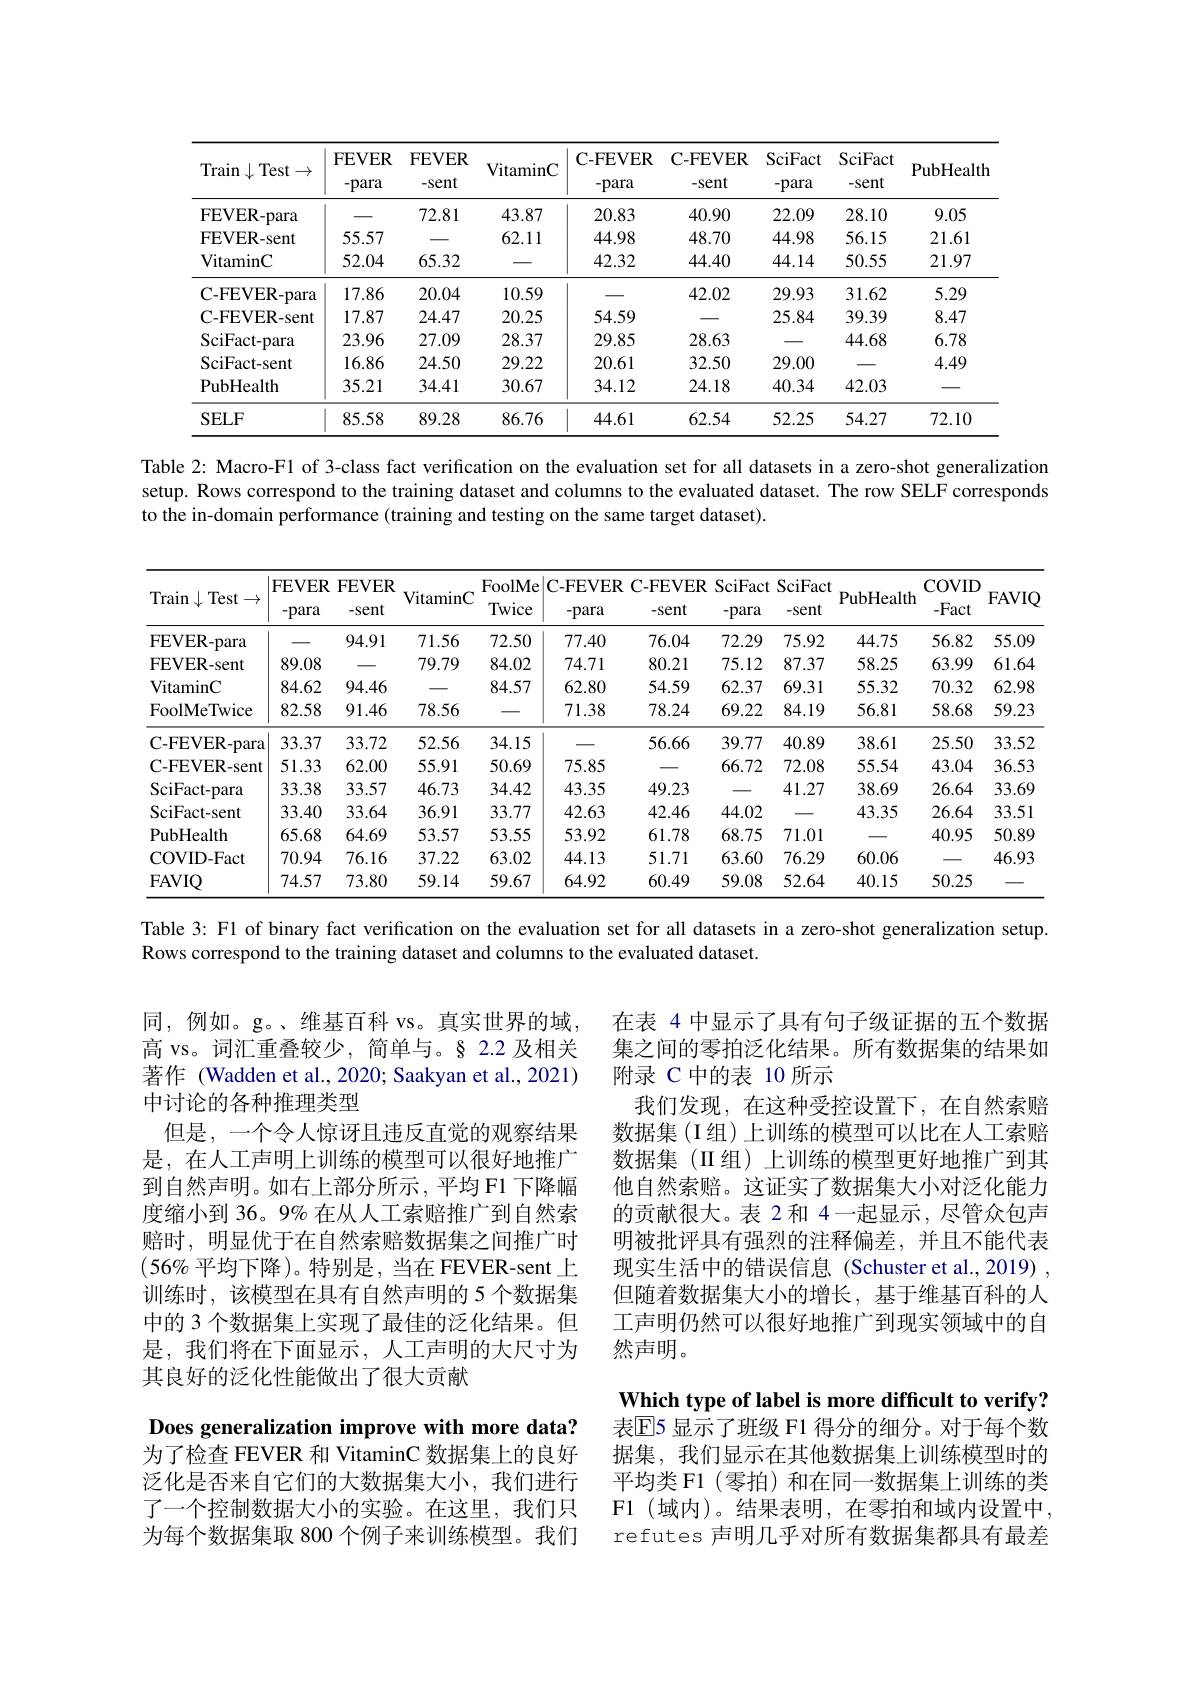
<table>
	<tbody>
		<tr>
			<th>Train Test $\downarrow$ $t\to$</th>
			<th>FEVER $-para$</th>
			<th>FEVER $-Sent$</th>
			<th>VitaminC</th>
			<th>C-FEVER $-para$</th>
			<th>C-FEVER -Sent</th>
			<th>SciFact -para</th>
			<th>SciFact -sent</th>
			<th>PubHealth</th>
		</tr>
		<tr>
			<td>FEVER- para</td>
			<td> </td>
			<td>72.81</td>
			<td>43.87</td>
			<td>20.83</td>
			<td>40.90</td>
			<td>22.09</td>
			<td>28.10</td>
			<td>9.05</td>
		</tr>
		<tr>
			<td>FEVER-sent</td>
			<td>55.57</td>
			<td> </td>
			<td>62.11</td>
			<td>44.98</td>
			<td>48.70</td>
			<td>44.98</td>
			<td>56.15</td>
			<td>21.61</td>
		</tr>
		<tr>
			<td>VitaminC</td>
			<td>52.04</td>
			<td></td>
			<td> </td>
			<td>42.32</td>
			<td>44.40</td>
			<td>44.14</td>
			<td>50.55</td>
			<td>21.97</td>
		</tr>
		<tr>
			<td>C-FEVER-para</td>
			<td>17.86</td>
			<td>20.04</td>
			<td>10.59</td>
			<td></td>
			<td>42.02</td>
			<td>29.93</td>
			<td>31.62</td>
			<td>5.29</td>
		</tr>
		<tr>
			<td>$\mathbf{C-FEVER-sent}$</td>
			<td>17.87</td>
			<td>24.47</td>
			<td>20.25</td>
			<td>54.59</td>
			<td> </td>
			<td>25.84</td>
			<td>39.39</td>
			<td>8.47</td>
		</tr>
		<tr>
			<td>SciFact-para</td>
			<td>23.96</td>
			<td>27.09</td>
			<td>28.37</td>
			<td>29.85</td>
			<td>28.63</td>
			<td> </td>
			<td>44.68</td>
			<td>6.78</td>
		</tr>
		<tr>
			<td>SciFact-sent</td>
			<td>16.86</td>
			<td>24.50</td>
			<td>29.22</td>
			<td>20.61</td>
			<td>32.50</td>
			<td>29.00</td>
			<td> </td>
			<td>4.49</td>
		</tr>
		<tr>
			<td>${\mathrm{PubHealth}}$</td>
			<td>35.21</td>
			<td>34.41</td>
			<td>30.67</td>
			<td>34.12</td>
			<td>24.18</td>
			<td>40.34</td>
			<td>42.03</td>
			<td></td>
		</tr>
		<tr>
			<td>$SELF$</td>
			<td>85.58</td>
			<td>89.28</td>
			<td>86.76</td>
			<td>44.61</td>
			<td>62.54</td>
			<td>52.25</td>
			<td>54.27</td>
			<td>72.10</td>
		</tr>
	</tbody>
</table>

Table 2: Macro-F1 of 3-class fact verification on the evaluation set for all datasets in a zero-shot generalization setup. Rows correspond to the training dataset and columns to the evaluated dataset. The row SELF corresponds to the in-domain performance (training and testing on the same target dataset).

<table>
	<tbody>
		<tr>
			<th>Train $\downarrow$Test $\rightarrow$</th>
			<th>FEVER $-para$</th>
			<th>$\mathbf{FEVER}$ -sent</th>
			<th>VitaminC</th>
			<th>FoolMe Twice</th>
			<th>C- FEVER -para</th>
			<th>C- FEVER $-sent$</th>
			<th>SciFact $-para$</th>
			<th>SciFact -sent</th>
			<th>PubHealth</th>
			<th>COVID -Fact</th>
			<th>FAVIQ</th>
		</tr>
		<tr>
			<th>$\operatorname{lran}$ $\downarrow$ lest$\rightarrow$</th>
			<th>$-para$</th>
			<th>-sent</th>
			<th>VitaminC</th>
			<th>Twice</th>
			<th>-para</th>
			<th>$-sent$</th>
			<th>-para</th>
			<th>-sent</th>
			<th>PubHealth</th>
			<th>-Fact</th>
			<th>$FAVIO$</th>
		</tr>
		<tr>
			<td>FEVER- para</td>
			<td> </td>
			<td>94.91</td>
			<td>71.56</td>
			<td>72.50</td>
			<td>77.40</td>
			<td>76.04</td>
			<td>72.29</td>
			<td>75.92</td>
			<td>44.75</td>
			<td>56.82</td>
			<td>55.09</td>
		</tr>
		<tr>
			<td>FEVER-sent</td>
			<td>89.08</td>
			<td> </td>
			<td>79.79</td>
			<td>84.02</td>
			<td>74.71</td>
			<td>80.21</td>
			<td>75.12</td>
			<td>87.37</td>
			<td>58.25</td>
			<td>63.99</td>
			<td>61.64</td>
		</tr>
		<tr>
			<td>${\mathrm{VitaminC}}$</td>
			<td>84.62</td>
			<td>94.46</td>
			<td> </td>
			<td>84.57</td>
			<td>62.80</td>
			<td>54.59</td>
			<td>62.37</td>
			<td>69.31</td>
			<td>55.32</td>
			<td>70.32</td>
			<td>62.98</td>
		</tr>
		<tr>
			<td>FoolMeTwice</td>
			<td>82.58</td>
			<td>91.46</td>
			<td>78.56</td>
			<td> </td>
			<td>71.38</td>
			<td>78.24</td>
			<td>69.22</td>
			<td>84.19</td>
			<td>56.81</td>
			<td>58.68</td>
			<td>59.23</td>
		</tr>
		<tr>
			<td>$\mathbf{C}{-}\mathbf{F}\mathbf{E}\mathbf{V}\mathbf{E}\mathbf{R}{-}\mathbf{p}\mathbf{ar}\mathbf{a}$</td>
			<td>33.37</td>
			<td>33.72</td>
			<td>52.56</td>
			<td>34.15</td>
			<td> </td>
			<td>56.66</td>
			<td>39.77</td>
			<td>40.89</td>
			<td>38.61</td>
			<td>25.50</td>
			<td>33.52</td>
		</tr>
		<tr>
			<td>C- FEVER- sent</td>
			<td>51.33</td>
			<td>62.00</td>
			<td>55.91</td>
			<td>50.69</td>
			<td>75.85</td>
			<td></td>
			<td>66.72</td>
			<td>72.08</td>
			<td>55.54</td>
			<td>43.04</td>
			<td>36.53</td>
		</tr>
		<tr>
			<td>SciFact- para</td>
			<td>33.38</td>
			<td>33.57</td>
			<td>46.73</td>
			<td>34.42</td>
			<td>43.35</td>
			<td>49.23</td>
			<td> </td>
			<td>41.27</td>
			<td>38.69</td>
			<td>26.64</td>
			<td>33.69</td>
		</tr>
		<tr>
			<td>SciFact-sent</td>
			<td>33.40</td>
			<td>33.64</td>
			<td>36.91</td>
			<td>33.77</td>
			<td>42.63</td>
			<td>42.46</td>
			<td>44.02</td>
			<td> </td>
			<td>43.35</td>
			<td>26.64</td>
			<td>33.51</td>
		</tr>
		<tr>
			<td>PubHealth</td>
			<td>65.68</td>
			<td>64.69</td>
			<td>53.57</td>
			<td>53.55</td>
			<td>53.92</td>
			<td>61.78</td>
			<td>68.75</td>
			<td>71.01</td>
			<td> </td>
			<td>40.95</td>
			<td>50.89</td>
		</tr>
		<tr>
			<td>COVID- Fact</td>
			<td>70.94</td>
			<td>76.16</td>
			<td>37.22</td>
			<td>63.02</td>
			<td>44.13</td>
			<td>51.71</td>
			<td>63.60</td>
			<td>76.29</td>
			<td>60.06</td>
			<td> </td>
			<td>46.93</td>
		</tr>
		<tr>
			<td>FAVIQ</td>
			<td></td>
			<td>73.80</td>
			<td>59.14</td>
			<td>59.67</td>
			<td>64.92</td>
			<td>60.49</td>
			<td>59.08</td>
			<td>52.64</td>
			<td>40.15</td>
			<td>50.25</td>
			<td> </td>
		</tr>
	</tbody>
</table>

Table 3: F1 of binary fact verification on the evaluation set for all datasets in a zero-shot generalization setup.

Rows correspond to the training dataset and columns to the evaluated dataset.

同，例如。g。、维基百科 vs。真实世界的域， 高 vs。词汇重叠较少，简单与。§ 2.2 及相关著作 (Wadden et al., 2020; Saakyan et al., 2021) 中讨论的各种推理类型
但是，一个令人惊讶且违反直觉的观察结果是，在人工声明上训练的模型可以很好地推广到自然声明。如右上部分所示，平均 F1 下降幅度缩小到 36。9% 在从人工索赔推广到自然索赔时，明显优于在自然索赔数据集之间推广时$(56\%$平均下降)。特别是，当在 FEVER-sent上训练时，该模型在具有自然声明的 5 个数据集中的 3 个数据集上实现了最佳的泛化结果。但是，我们将在下面显示，人工声明的大尺寸为其良好的泛化性能做出了很大贡献

在表 4 中显示了具有句子级证据的五个数据集之间的零拍泛化结果。所有数据集的结果如附录 C 中的表 10 所示
我们发现，在这种受控设置下，在自然索赔数据集(I组)上训练的模型可以比在人工索赔数据集(II组)上训练的模型更好地推广到其他自然索赔。这证实了数据集大小对泛化能力的贡献很大。表 2 和 4一起显示，尽管众包声明被批评具有强烈的注释偏差，并且不能代表现实生活中的错误信息 (Schuster et al.,2019) , 但随着数据集大小的增长，基于维基百科的人工声明仍然可以很好地推广到现实领域中的自然声明。
Which type of label is more difficult to verify? 表E5 显示了班级 F1 得分的细分。对于每个数据集，我们显示在其他数据集上训练模型时的平均类 F1 (零拍) 和在同一数据集上训练的类F1 (域内)。结果表明，在零拍和域内设置中， refutes 声明几乎对所有数据集都具有最差

Does generalization improve with more data? 为了检查 FEVER 和 VitaminC 数据集上的良好泛化是否来自它们的大数据集大小，我们进行了一个控制数据大小的实验。在这里，我们只为每个数据集取 800 个例子来训练模型。我们